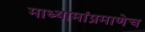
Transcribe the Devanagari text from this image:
माध्यामांप्रमाणेच